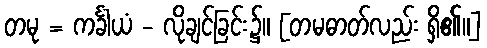
တမု = ကင်္ခါယံ - လိုချင်ခြင်း၌။ [တမဓာတ်လည်း ရှိ၏။]